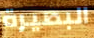
البصيرة